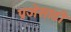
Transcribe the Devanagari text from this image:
प्रजेसाठी